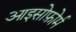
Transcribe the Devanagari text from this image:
आइसोफ़ोर्म